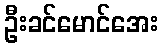
ဦးခင်မောင်အေး